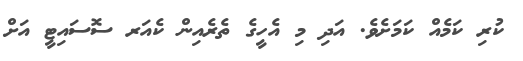
ކުރި ކަމެއް ކަމަށެވެ. އަދި މި އެހީގެ ތެރެއިން ކެއަރ ސޮސައިޓީ އަށް